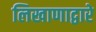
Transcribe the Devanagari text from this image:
लिखाणाद्वारे